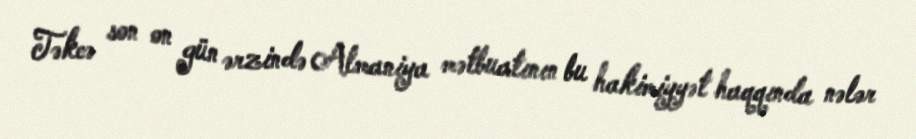
Təkcə son on gün ərzində Almaniya mətbuatının bu hakimiyyət haqqında nələr